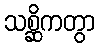
သစ္ဆိကတွာ